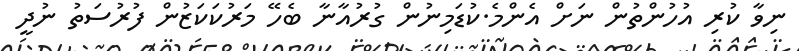
ނިވާ ކުރި އުހުންތުން ނަށް އެންމެ.ކުޑަމިނުން ގުރުއާނާ ބެހޭ މަރުކަކަޒުން ފުރުސަތު ނުދީ